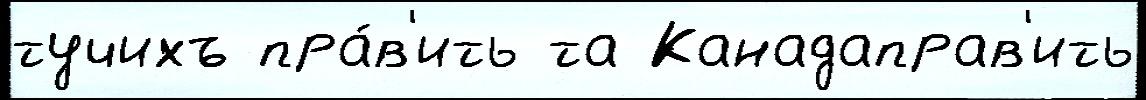
тучихъ пра́в'ить та Канадаправ'ить